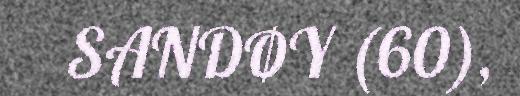
SANDØY (60),